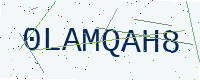
Text: 0LAMQAH8